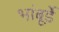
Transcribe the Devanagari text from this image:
भांबूर्डे